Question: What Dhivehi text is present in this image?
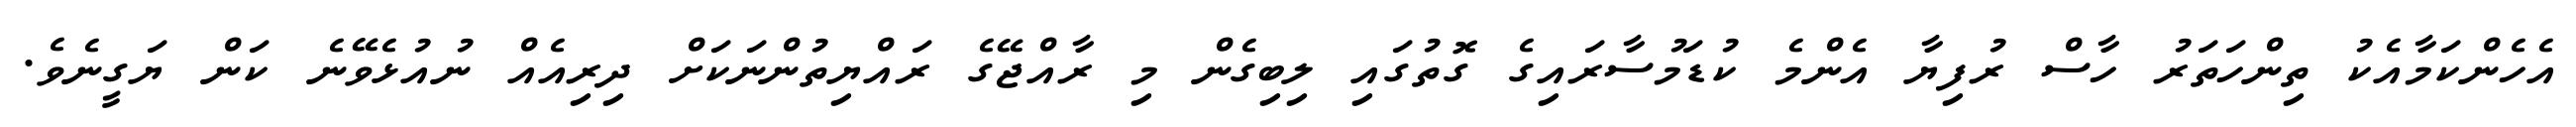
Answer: އެހެންކަމާއެކު ތިންހަތަރު ހާސް ރުފިޔާ އެންމެ ކުޑަމުސާރައިގެ ގޮތުގައި ލިބިގެން މި ރާއްޖޭގެ ރައްޔިތުންނަކަށް ދިރިއެއް ނުއުޅެވޭނެ ކަން ޔަގީނެވެ.